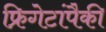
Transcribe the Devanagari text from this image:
फ्रिगेटांपैकी